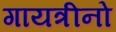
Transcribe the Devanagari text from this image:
गायत्रीनो